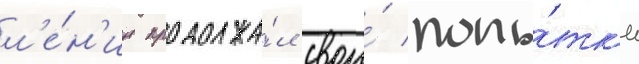
л'е́н'ин продолжа́л свои́ попы́тк'и